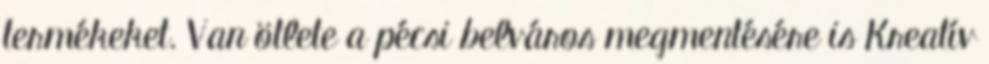
termékeket. Van ötlete a pécsi belváros megmentésére is Kreatív